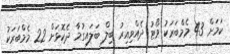
ކަމަށް 43 މެމްބަރަކު ވޯޓު ދެއްވިއިރު ބިލް ބަލައިގުމާ ދެކޮޅަށް 22 މެމްބަރަކު